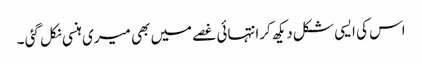
اس کی ایسی شکل دیکھ کرانتہائی غصے میں بھی میری ہنسی نکل گئی ۔